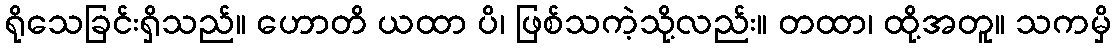
ရိုသေခြင်းရှိသည်။ ဟောတိ ယထာ ပိ၊ ဖြစ်သကဲ့သို့လည်း။ တထာ၊ ထို့အတူ။ သကမှိ